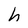
Character: h